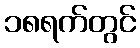
၁၈ရက်တွင်